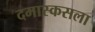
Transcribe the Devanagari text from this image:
दमास्कसला